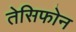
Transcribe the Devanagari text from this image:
तेसिफोन